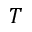
T